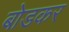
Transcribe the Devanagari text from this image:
बोडकर